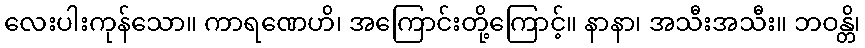
လေးပါးကုန်သော။ ကာရဏေဟိ၊ အကြောင်းတို့ကြောင့်။ နာနာ၊ အသီးအသီး။ ဘဝန္တိ၊